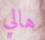
هالي